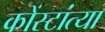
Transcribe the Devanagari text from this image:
कोंस्टांत्या